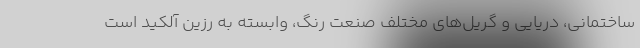
ساختمانی، دریایی و گریل‌های مختلف صنعت رنگ، وابسته به رزین آلکید است